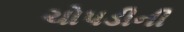
ચોપડીની